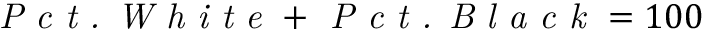
\textit { P c t . W h i t e } + \textit { P c t . B l a c k } = 1 0 0 \